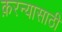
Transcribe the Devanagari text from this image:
क़रन्यासाठी